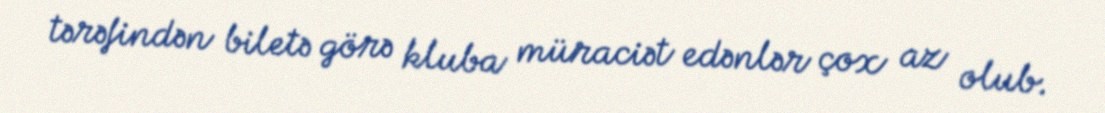
tərəfindən biletə görə kluba müraciət edənlər çox az olub.